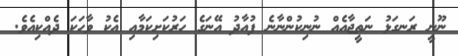
ނޫނީ ރަނގަޅު ނަތީޖާއެއް ނުނިކުންނާނެ ފުއާދު އޭނަގެ ހަރުކަށިކަމާއި އެކު ވާހަކަ ދެއްކިއެވެ.